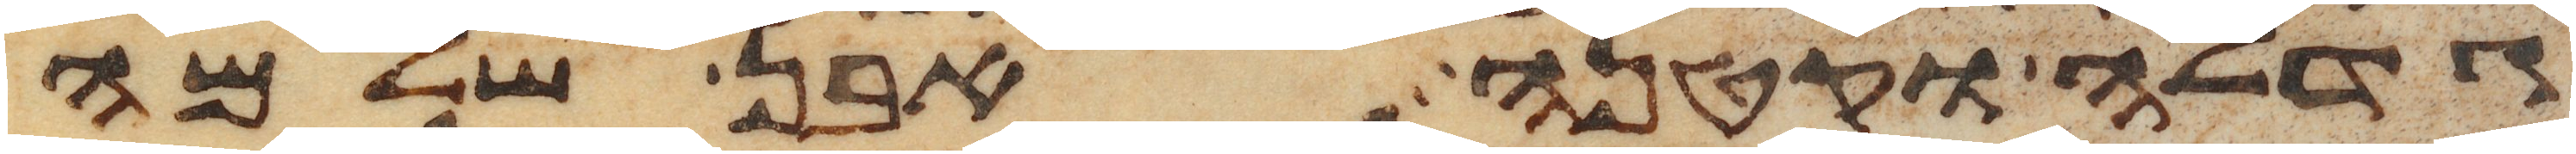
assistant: גדלה וקטנה אבן שלמה